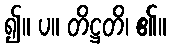
၍။ ပ။ တိဋ္ဌတိ၊ ၏။